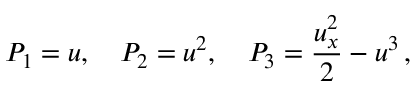
P _ { 1 } = u , \quad P _ { 2 } = u ^ { 2 } , \quad P _ { 3 } = \frac { u _ { x } ^ { 2 } } { 2 } - u ^ { 3 } \, ,